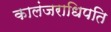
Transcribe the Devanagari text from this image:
कालंजराधिपति